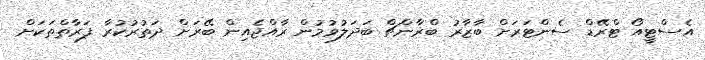
އެސްޓީއޯ ޓްރޭޑް ސެންޓަރަށް ބާޒާރު ބްރާންޗް ބަދަލުވުމުން ރާއްޖެއިން ބޭރަށް ދަތުރުކުރާ ފަރާތްތަކަށް